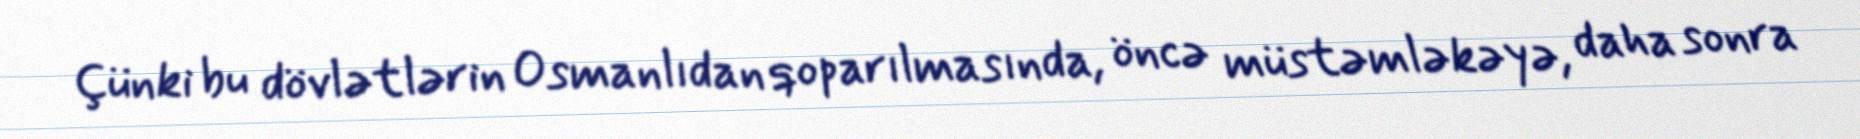
Çünki bu dövlətlərin Osmanlıdan qoparılmasında, öncə müstəmləkəyə, daha sonra